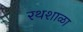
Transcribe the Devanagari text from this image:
रथशाळा